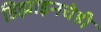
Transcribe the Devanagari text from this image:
डिझाइनचेही